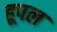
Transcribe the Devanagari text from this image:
हूपल